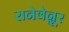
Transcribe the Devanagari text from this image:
रानेवेन्नूर